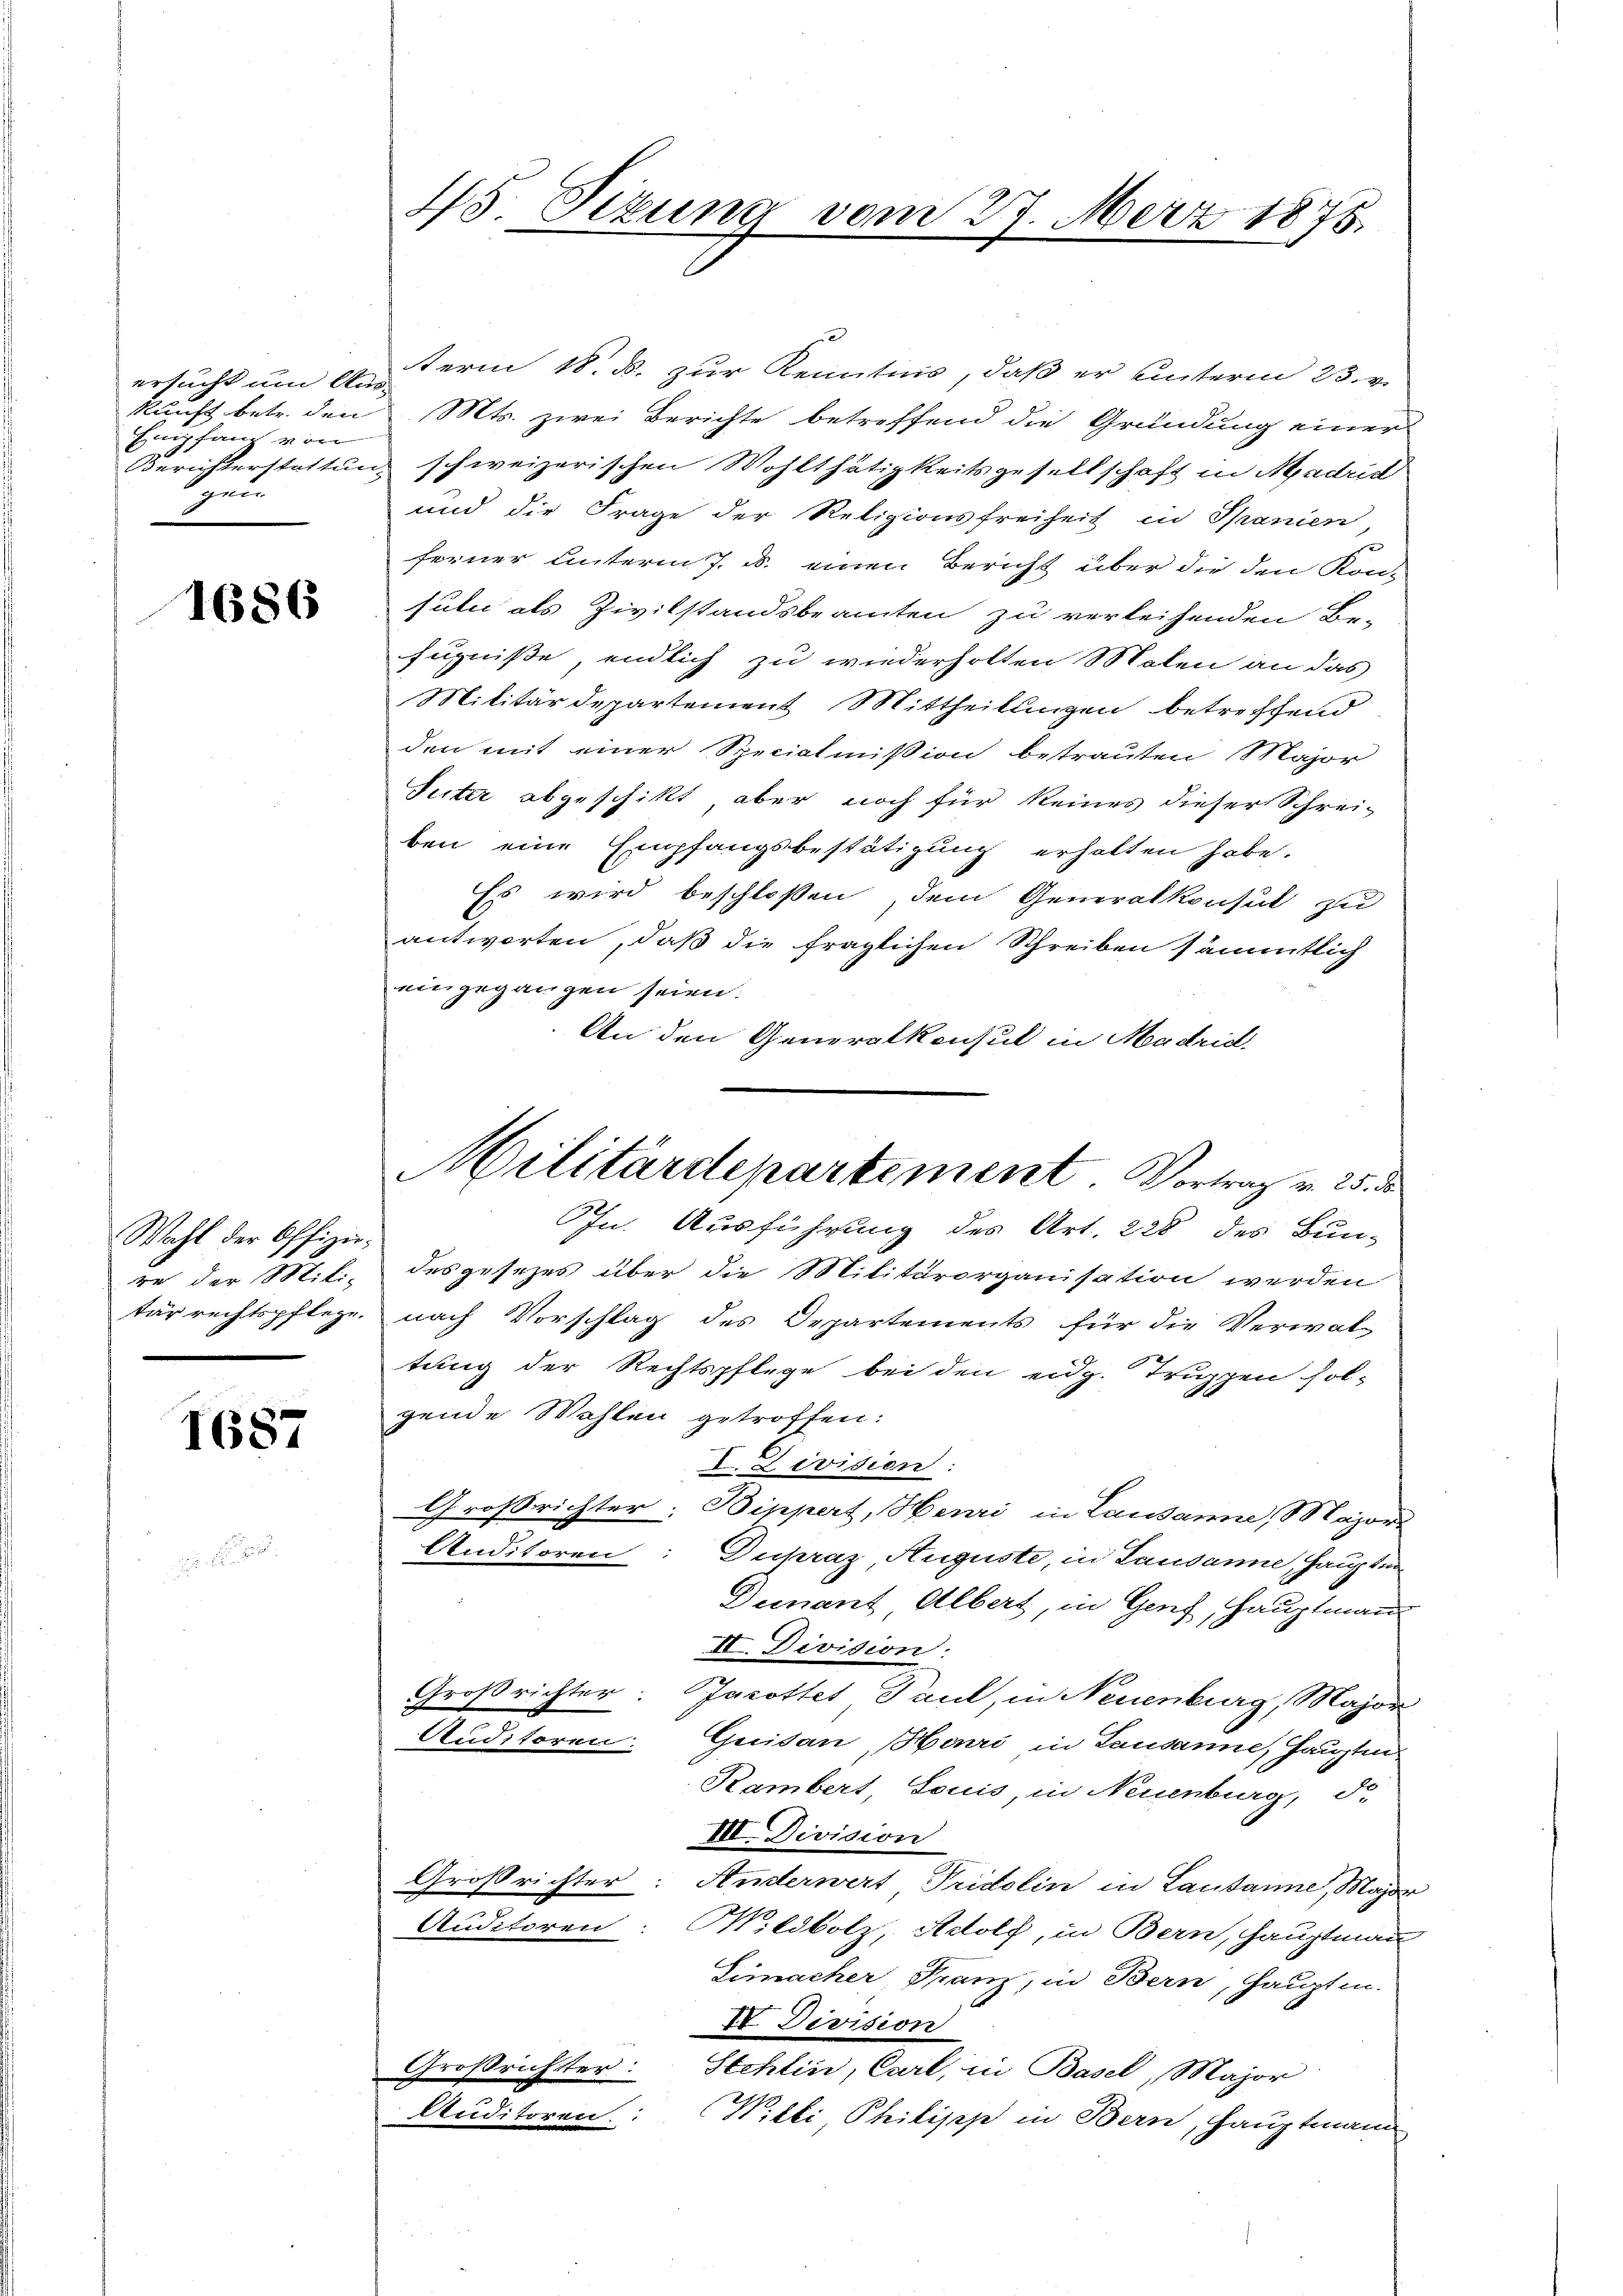
ersucht um Am
kunft betr. den
Enpfand von
Berichterstattun
gen

1686

Wahl der Offiziere der Mili-
tür rechtspflege.

1687

45. Sezung vom 27. März 1875.

Militärdepartement. Vortrag v. 25. de

term 18. d. zur Kenntnis, daß er unterm 23. v.
Mts. zwei Berichte betreffend die Gründung einer
schweizerischen Wohlthätigkeitsgesellschaft in Madrid
und die Frage der Religionsfreiheit in Spanien,
feiner unterm 7. d. einen Bericht über die den Kon-
subi als Zivilstandsbeamten zu verleihenden Be-
fugniße, endlich zu wiederholten Molen an das
Militärdepartement Mittheilungen betreffend
den mit einer Specialmißion betrauten Major
Seiter abgeschikt, aber noch für keines dieser Schrei-
ben eine Empfangsbestätigung erhalten habe.
Es wird beschloßen, dem Generalkonsul zu
antworten, daß die fraglichen Schreiben sämmtlich
eingegangen seien.
An den Generalkonsul in Madrid.
Phn. Ausführung des Art. 228 des Bun-
des gesezes über die Militärorganisation werden
nach Vorschlag des Departements für die Verwal-
tung der Rechtspflege bei den eidg. Truppen fol-
gende Wahlen getroffen:
I. Livision:
Großrichter: Bippert, Henri in Lausanne, Majors
Anditoren: Dukraz Auguste, in Lausanne, Haupten
Denant Albert, in Genf, Hauptmann
II. Division:
Großrichter: Jacottet Paul, in Neuenburg, Major
Auditoren. Guidan, Henri in Lausanne, Hauptm
Rambert Louis, in Neuenburg, d.
III. Division
Großrichter: Anderwert Tridolin in Lausanne, Major
Auditoren: Wildbolz, Adolf, in Bern, Hauptmann
Simacher Franz, in Bern, Hauptm.
II Devision
Großrichter: Stehlin, Carl, in Basel, Major
Auditoren.
Witti Philipp in Bern, Hauptmann